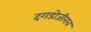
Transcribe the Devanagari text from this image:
दगडोजीराव